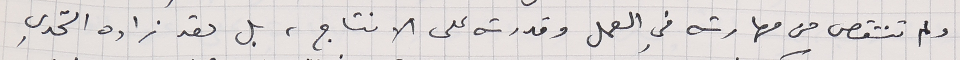
ولم تنتقص من مهارته في العمل وقدرته على الانتاج، بل لقد زاده التحدي